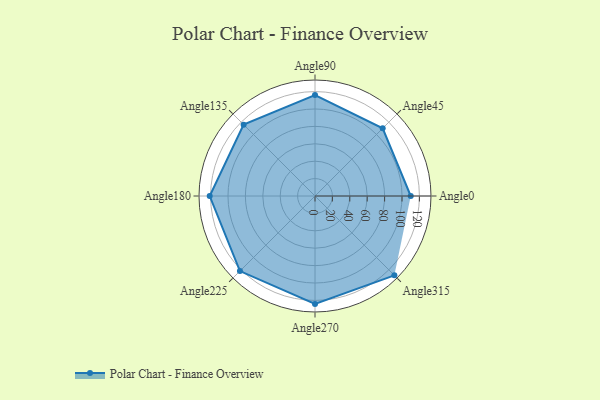
{"axis": {"x": "Angle", "y": "Radius"}, "legend": [""], "data": [{"x": "Angle0", "y": 110.0, "type": ""}, {"x": "Angle45", "y": 110.0, "type": ""}, {"x": "Angle90", "y": 116.0, "type": ""}, {"x": "Angle135", "y": 116.0, "type": ""}, {"x": "Angle180", "y": 121.0, "type": ""}, {"x": "Angle225", "y": 122.0, "type": ""}, {"x": "Angle270", "y": 124.0, "type": ""}, {"x": "Angle315", "y": 129.0, "type": ""}]}